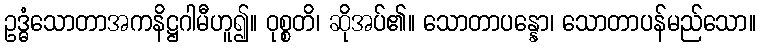
ဥဒ္ဓံသောတာအကနိဋ္ဌဂါမီဟူ၍။ ဝုစ္စတိ၊ ဆိုအပ်၏။ သောတာပန္နော၊ သောတာပန်မည်သော။